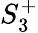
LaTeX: S_{3}^{+}